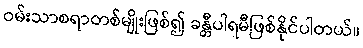
ဝမ်းသာစရာတစ်မျိုးဖြစ်၍ ခန္တီပါရမီဖြစ်နိုင်ပါတယ်။